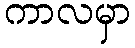
ကာလမှာ